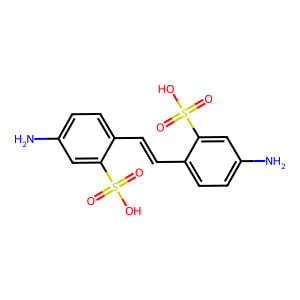
SMILES: Nc1ccc(C=Cc2ccc(N)cc2S(=O)(=O)O)c(S(=O)(=O)O)c1
Inhibits HIV replication: No